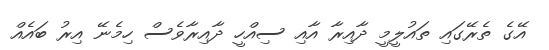
އޭގެ ތެރޭގައި ތައުލީމީ ދާއިރާ އާއި ސިއްހީ ދާއިރާވެސް ހިމެނޭ އިރު ބައެއް